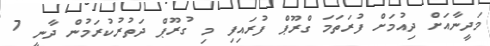
މަދީނާއަށް ދިއުމަށް ފުރަތަމަ ގްރޫޕް ފުރައިފި މި ގުރޫޕް ދަތުރުކުރަމުން ދާނީ 7